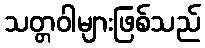
သတ္တဝါများဖြစ်သည်